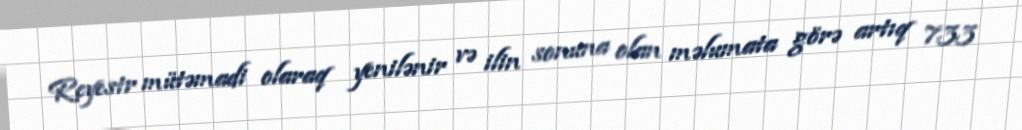
Reyestr mütəmadi olaraq yenilənir və ilin sonuna olan məlumata görə artıq 733